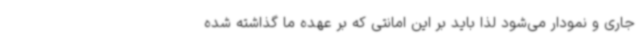
جاری و نمودار می‌شود لذا باید بر این امانتی که بر عهده ما گذاشته شده